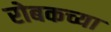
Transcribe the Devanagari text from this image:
रोबकच्या